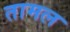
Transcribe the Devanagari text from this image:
तामल